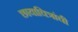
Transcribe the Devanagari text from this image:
छायाचित्रांची